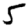
Digit: 5